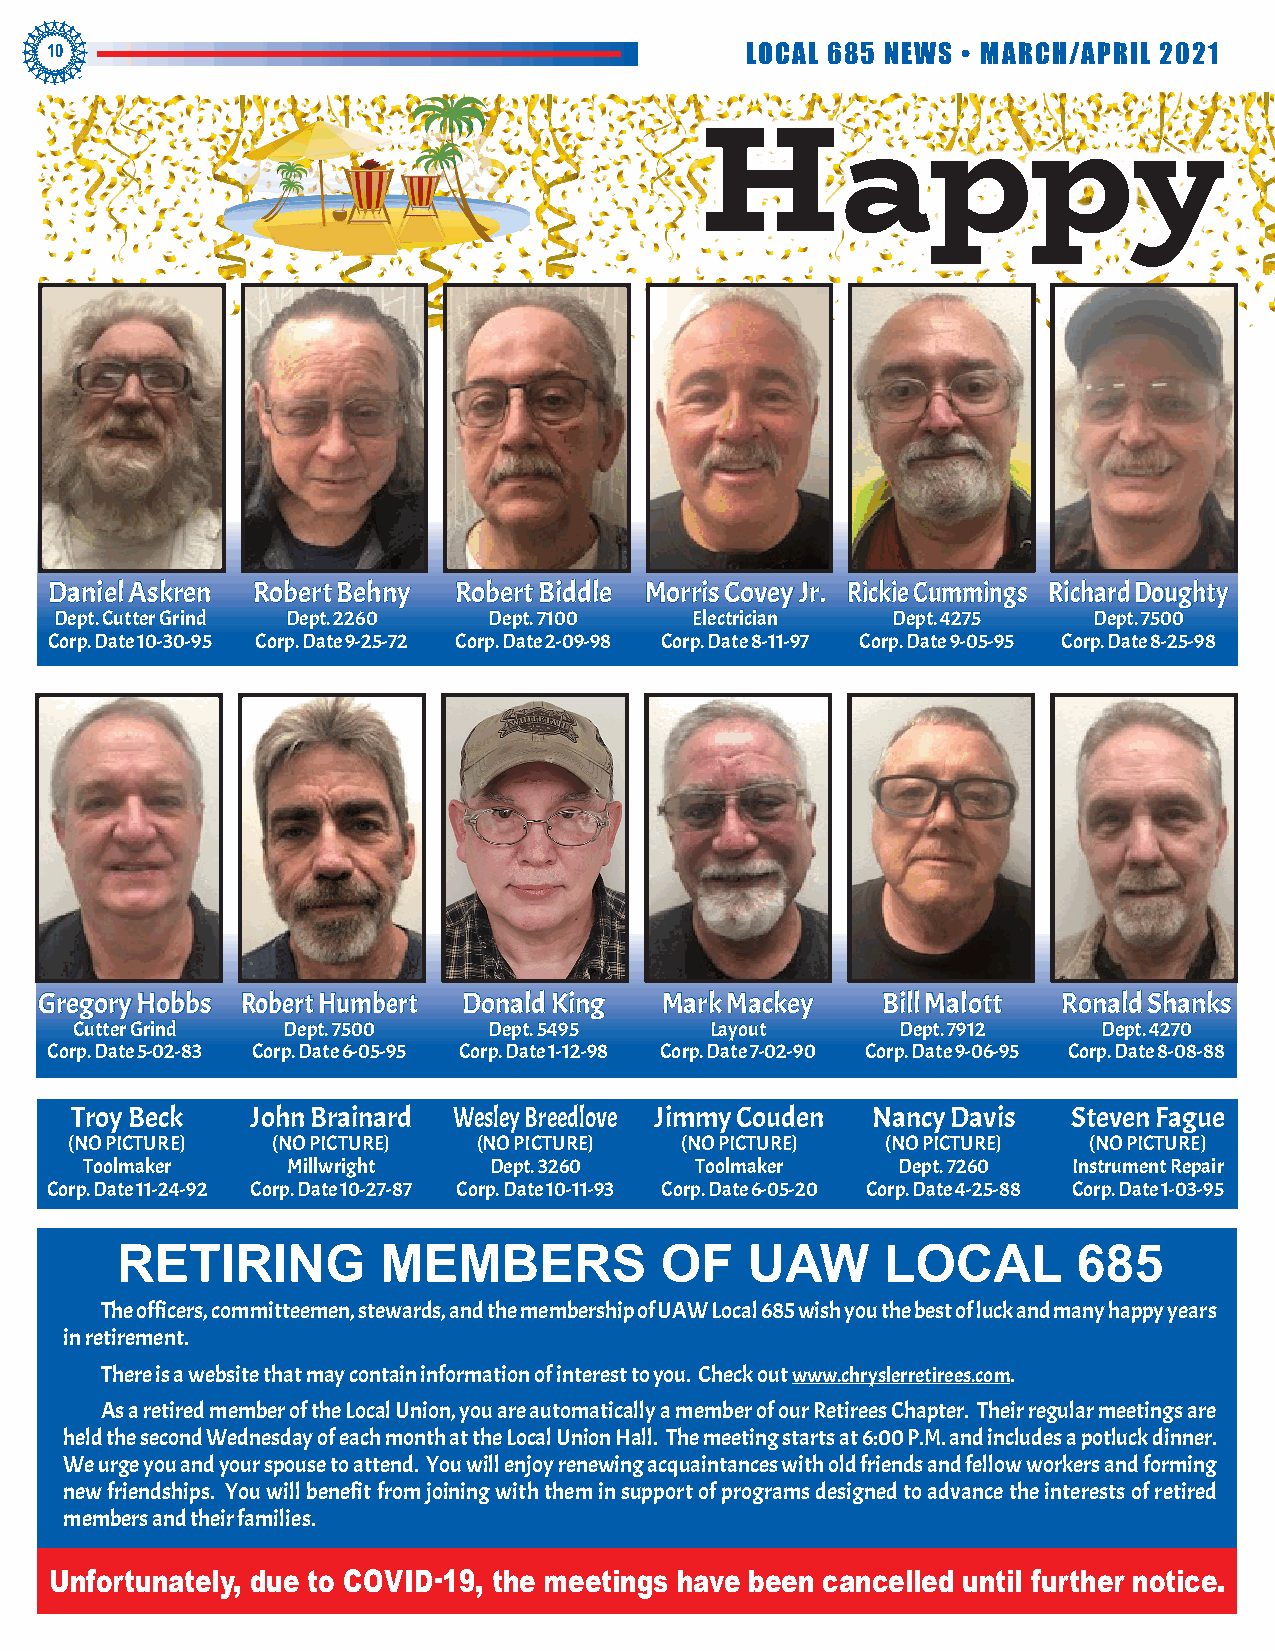
10                                            LOCAL 685 NEWS • MARCH/APRIL 2021
 Happy
 Daniel Askren Robert Behny Robert Biddle Morris Covey Jr. Rickie Cummings Richard Doughty
 Dept. Cutter Grind Dept. 2260 Dept. 7100  Electrician  Dept. 4275   Dept. 7500
 Corp. Date 10-30-95 Corp. Date 9-25-72 Corp. Date 2-09-98 Corp. Date 8-11-97 Corp. Date 9-05-95 Corp. Date 8-25-98
 Gregory Hobbs Robert Humbert Donald King Mark Mackey   Bill Malott Ronald Shanks
 Cutter Grind  Dept. 7500   Dept. 5495     Layout       Dept. 7912   Dept. 4270
 Corp. Date 5-02-83 Corp. Date 6-05-95 Corp. Date 1-12-98 Corp. Date 7-02-90 Corp. Date 9-06-95 Corp. Date 8-08-88
 Troy Beck   John Brainard Wesley Breedlove Jimmy Couden Nancy Davis Steven Fague
 (NO PICTURE) (NO PICTURE)  (NO PICTURE) (NO PICTURE)  (NO PICTURE) (NO PICTURE)
 Toolmaker     Millwright   Dept. 3260    Toolmaker    Dept. 7260  Instrument Repair
 Corp. Date 11-24-92 Corp. Date 10-27-87 Corp. Date 10-11-93 Corp. Date 6-05-20 Corp. Date 4-25-88 Corp. Date 1-03-95
 RETIRING         MEMBERS            OF   UAW      LOCAL        685
 The officers, committeemen, stewards, and the membership of UAW Local 685 wish you the best of luck and many happy years
 in retirement.
 There is a website that may contain information of interest to you. Check out www.chryslerretirees.com.
 As a retired member of the Local Union, you are automatically a member of our Retirees Chapter. Their regular meetings are
 held the second Wednesday of each month at the Local Union Hall. The meeting starts at 6:00 P.M. and includes a potluck dinner.
 We urge you and your spouse to attend. You will enjoy renewing acquaintances with old friends and fellow workers and forming
 new friendships. You will benefit from joining with them in support of programs designed to advance the interests of retired
 members and their families.
 Unfortunately, due to COVID-19, the meetings have been cancelled until further notice.